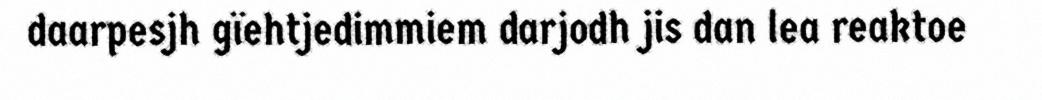
daarpesjh gïehtjedimmiem darjodh jis dan lea reaktoe